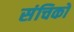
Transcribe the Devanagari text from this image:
संचिको